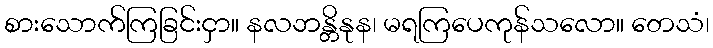
စားသောက်ကြခြင်းငှာ။ နလဘန္တိနုန၊ မရကြပေကုန်သလော။ တေသံ၊